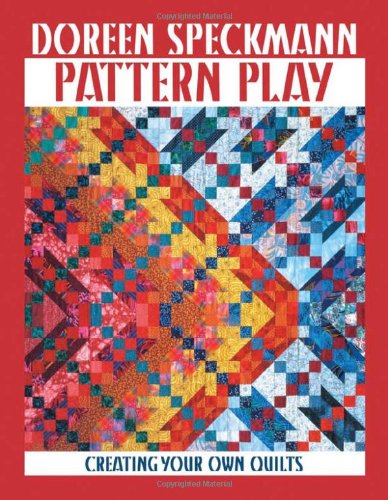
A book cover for Pattern Play; Doreen Speckmann; Crafts, Hobbies & Home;